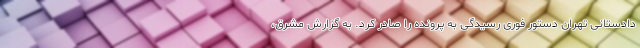
دادستانی تهران دستور فوری رسیدگی به پرونده را صادر کرد. به گزارش مشرق،